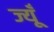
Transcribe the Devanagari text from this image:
ज्यूँ